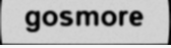
gosmore